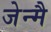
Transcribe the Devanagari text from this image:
जेन्मै